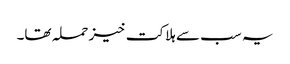
یہ سب سے ہلاکت خیز حملہ تھا۔